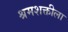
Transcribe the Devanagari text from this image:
श्रमशक्तीला